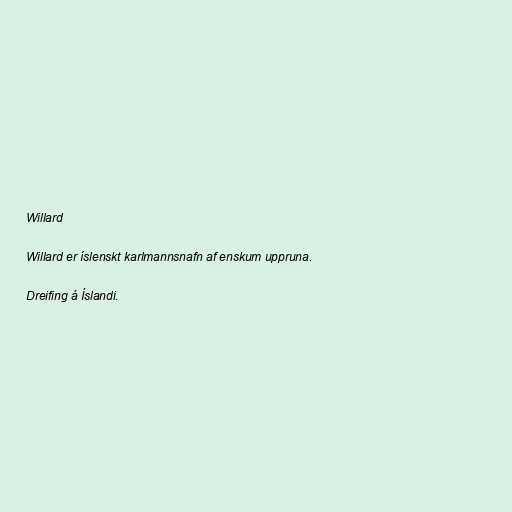
Willard

Willard er íslenskt karlmannsnafn af enskum uppruna.

Dreifing á Íslandi.